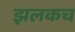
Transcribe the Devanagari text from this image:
झलकच